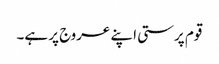
قوم پرستی اپنے عروج پر ہے۔